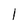
Character: 1